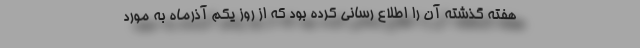
هفته گذشته آن را اطلاع رسانی کرده بود که از روز یکم آذرماه به مورد